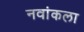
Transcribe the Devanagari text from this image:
नवांकला